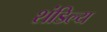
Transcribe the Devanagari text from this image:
शंडिल्य